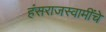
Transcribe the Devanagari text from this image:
हंसराजस्वामींचे